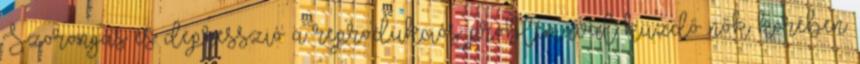
Szorongás és depresszió a reprodukciós problémával küzdő nők körében